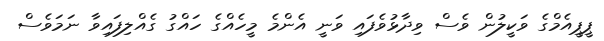
ޕީޕީއެމްގެ ވަކީލުން ވެސް ވިދާޅުވެފައި ވަނީ އެންމެ މީހެއްގެ ހައްގު ގެއްލިފައިވާ ނަމަވެސް